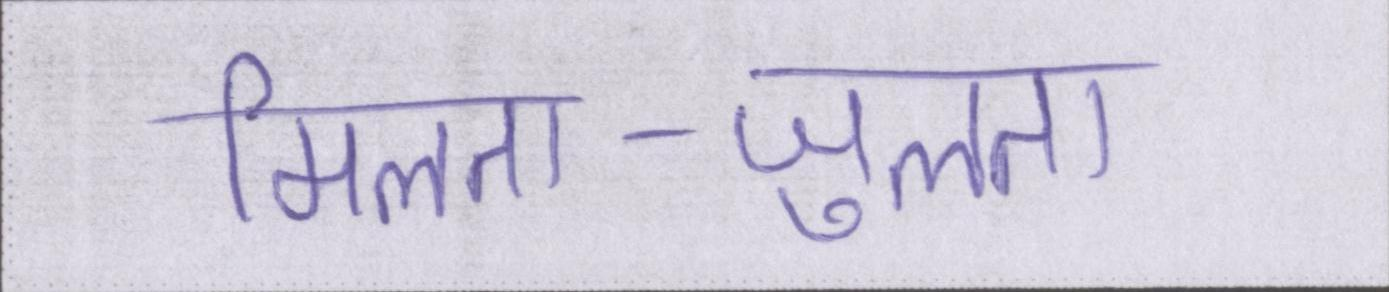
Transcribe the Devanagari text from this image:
मिलता-जुलता